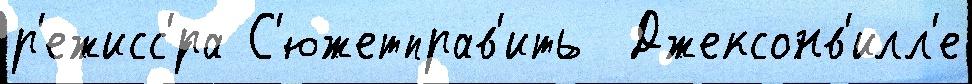
р'ежисс'́ра С'южетправ'ить  Джексонв'илл'е